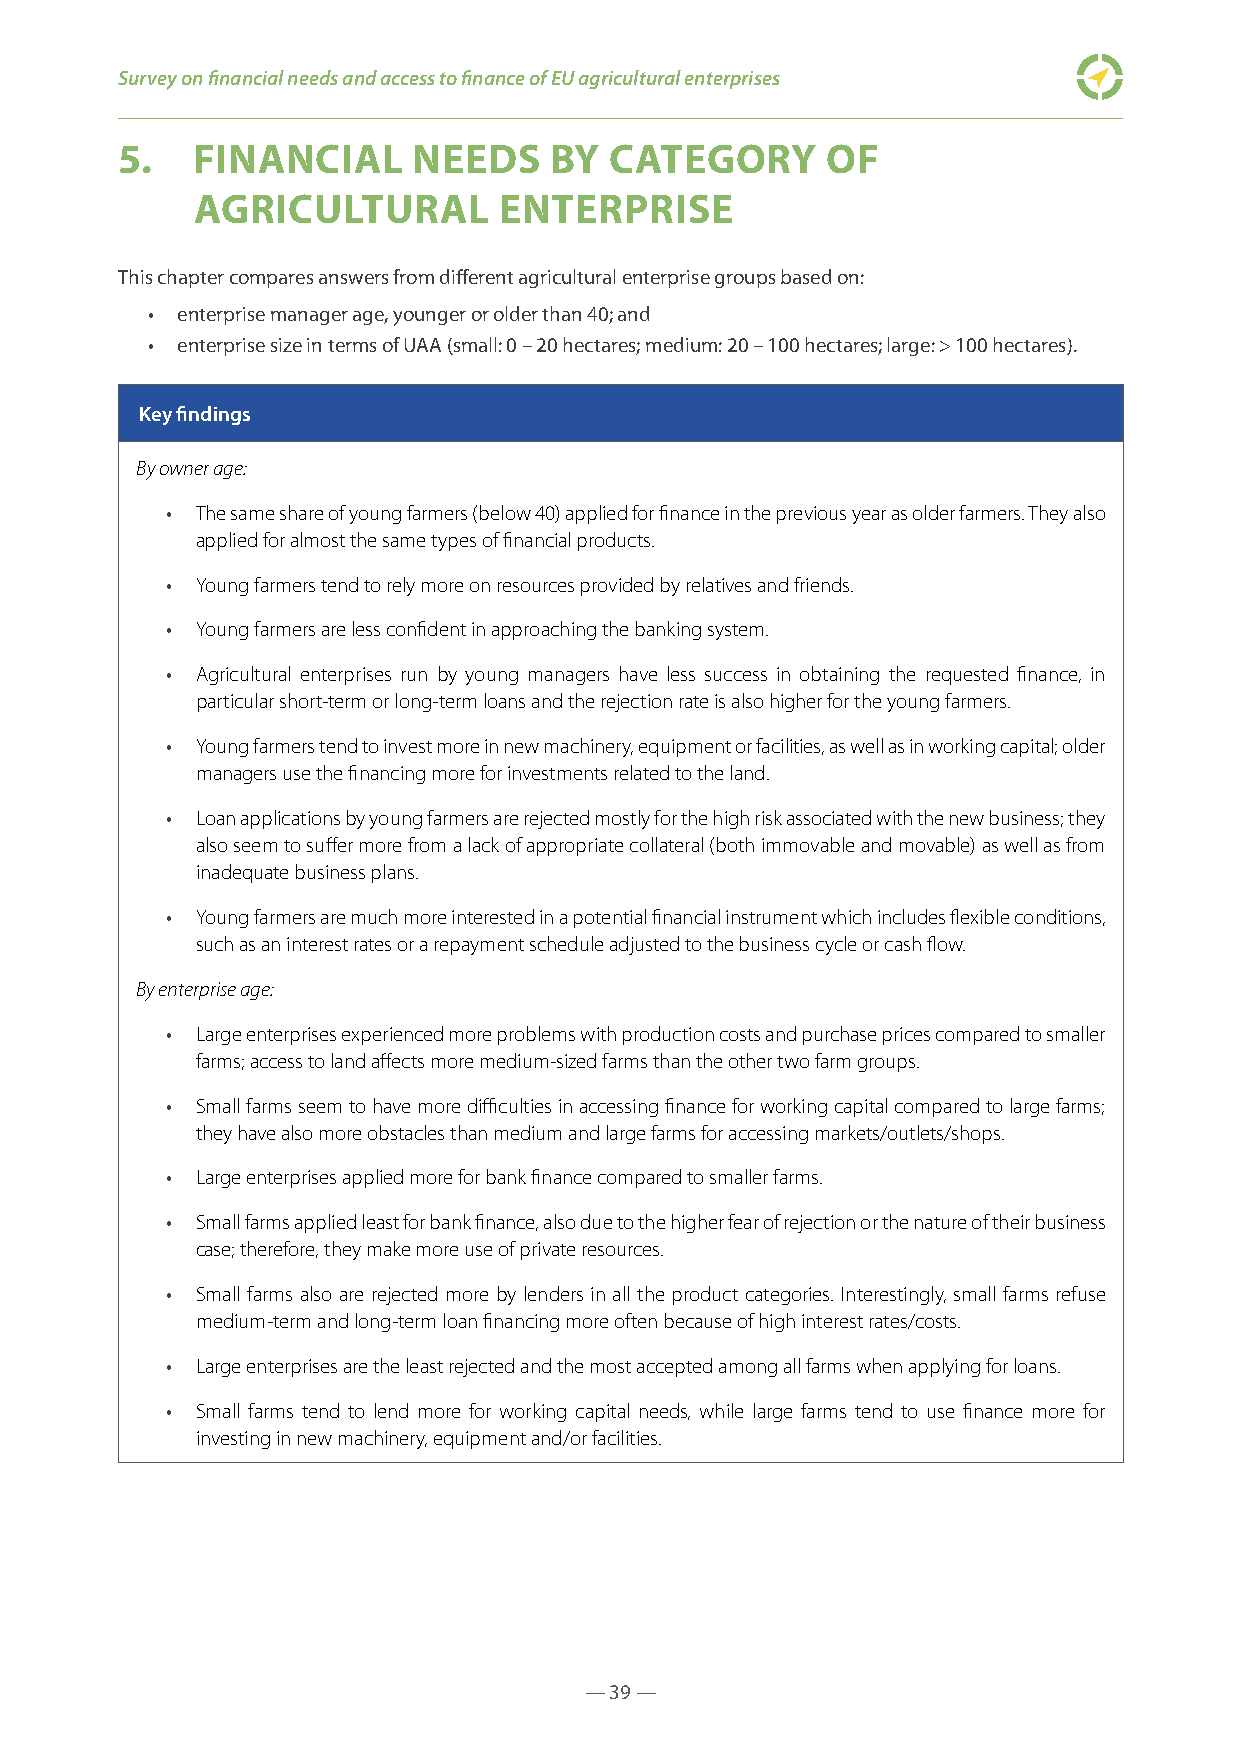
Survey on financial needs and access to finance of EU agricultural enterprises
 5.   FINANCIAL     NEEDS    BY  CATEGORY       OF
 AGRICULTURAL        ENTERPRISE
 This chapter compares answers from different agricultural enterprise groups based on:
 • enterprise manager age, younger or older than 40; and
 • enterprise size in terms of UAA (small: 0 – 20 hectares; medium: 20 – 100 hectares; large: > 100 hectares).
 Key findings
 By owner age:
 • The same share of young farmers (below 40) applied for finance in the previous year as older farmers. They also
 applied for almost the same types of financial products.
 • Young farmers tend to rely more on resources provided by relatives and friends.
 • Young farmers are less confident in approaching the banking system.
 • Agricultural enterprises run by young managers have less success in obtaining the requested finance, in
 particular short-term or long-term loans and the rejection rate is also higher for the young farmers.
 • Young farmers tend to invest more in new machinery, equipment or facilities, as well as in working capital; older
 managers use the financing more for investments related to the land.
 • Loan applications by young farmers are rejected mostly for the high risk associated with the new business; they
 also seem to suffer more from a lack of appropriate collateral (both immovable and movable) as well as from
 inadequate business plans.
 • Young farmers are much more interested in a potential financial instrument which includes flexible conditions,
 such as an interest rates or a repayment schedule adjusted to the business cycle or cash flow.
 By enterprise age:
 • Large enterprises experienced more problems with production costs and purchase prices compared to smaller
 farms; access to land affects more medium-sized farms than the other two farm groups.
 • Small farms seem to have more difficulties in accessing finance for working capital compared to large farms;
 they have also more obstacles than medium and large farms for accessing markets/outlets/shops.
 • Large enterprises applied more for bank finance compared to smaller farms.
 • Small farms applied least for bank finance, also due to the higher fear of rejection or the nature of their business
 case; therefore, they make more use of private resources.
 • Small farms also are rejected more by lenders in all the product categories. Interestingly, small farms refuse
 medium-term and long-term loan financing more often because of high interest rates/costs.
 • Large enterprises are the least rejected and the most accepted among all farms when applying for loans.
 • Small farms tend to lend more for working capital needs, while large farms tend to use finance more for
 investing in new machinery, equipment and/or facilities.
 — 39 —